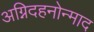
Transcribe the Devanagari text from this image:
अग्निदहनोन्माद